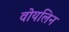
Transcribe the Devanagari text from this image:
वोयलिन